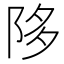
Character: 陊